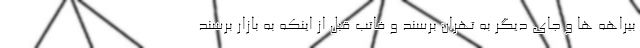
بیراهه ها و جای دیگر به تهران برسند و فاتب قبل از اینکه به بازار برسند